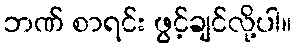
ဘဏ် စာရင်း ဖွင့်ချင်လို့ပါ။